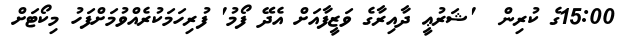
15:00ގެ ކުރިން  'ޝަރުޢީ ދާއިރާގެ ވަޒީފާއަށް އެދޭ ފޯމު' ފުރިހަމަކުރެއްވުމަށްފަހު މިކޯޓަށް